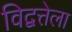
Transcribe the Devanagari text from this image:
विद्वत्तेला